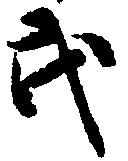
武